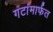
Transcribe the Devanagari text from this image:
गटांमार्फत